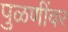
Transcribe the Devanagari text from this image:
पुळणींवर